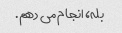
بله، انجام می دهم.